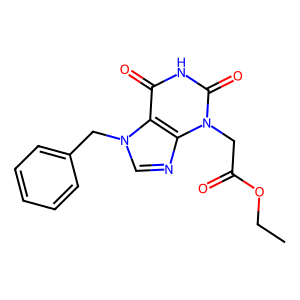
SMILES: CCOC(=O)Cn1c(=O)[nH]c(=O)c2c1ncn2Cc1ccccc1
Inhibits HIV replication: No